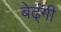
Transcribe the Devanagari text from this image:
बेढ्ंगी